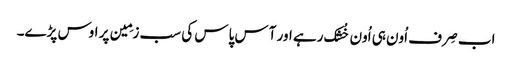
اب صِرف اُون ہی اُون خُشک رہے اور آس پاس کی سب زمِین پر اوس پڑے۔